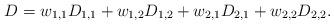
LaTeX: \begin{align*}D=w_{1,1}D_{1,1}+w_{1,2}D_{1,2}+w_{2,1}D_{2,1}+w_{2,2}D_{2,2}.\end{align*}